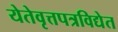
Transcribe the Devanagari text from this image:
येतेवृत्तपत्रविद्येत